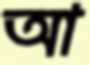
আ